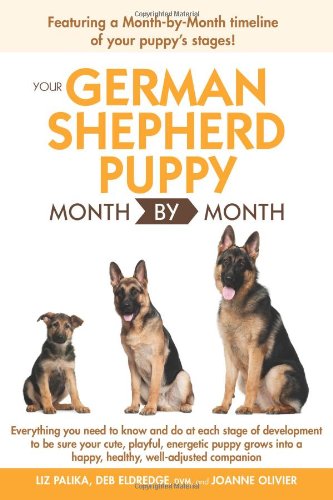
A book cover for Your German Shepherd Puppy Month By Month; Liz Palika; Crafts, Hobbies & Home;